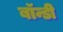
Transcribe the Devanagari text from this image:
बॉन्डी